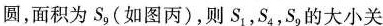
圆，面积为S_{9}(如图丙)，则S_{1}，S_{4}，S_{9}的大小关